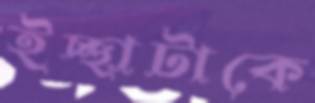
ইচ্ছাটাকে